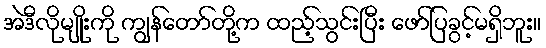
အဲဒီလိုမျိုးကို ကျွန်တော်တို့က ထည့်သွင်းပြီး ဖော်ပြခွင့်မရှိဘူး။